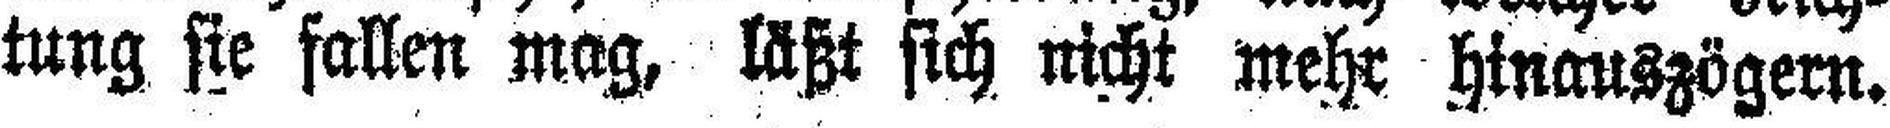
tung sie fallen mag, läßt sich nicht mehr hinauszögern.